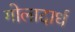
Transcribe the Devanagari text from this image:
गोलादार्ध